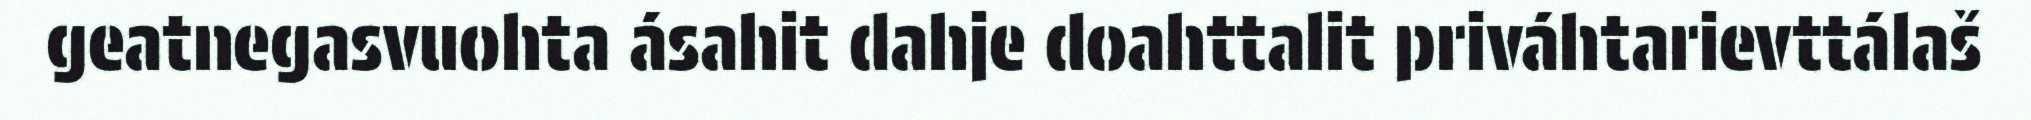
geatnegasvuohta ásahit dahje doahttalit priváhtarievttálaš